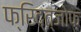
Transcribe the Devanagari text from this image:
फ्रिद्त्जोफ़